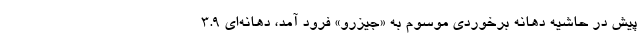
پیش در حاشیه دهانه برخوردی موسوم به «جیزرو» فرود آمد، دهانه‌ای ۳.۹